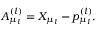
A _ { \mu _ { l } } ^ { ( l ) } = X _ { \mu _ { l } } - p _ { \mu _ { l } } ^ { ( l ) } .